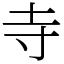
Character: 寺